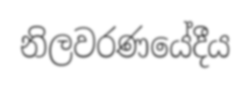
නිලවරණයේදීය